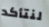
لنتأكد